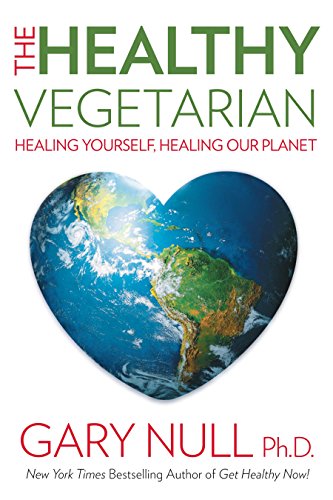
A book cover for The Healthy Vegetarian: Healing Yourself, Healing Our Planet; Gary Null Ph.D; Health, Fitness & Dieting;